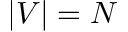
| V | = N